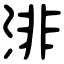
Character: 渄